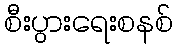
စီးပွားရေးစနစ်